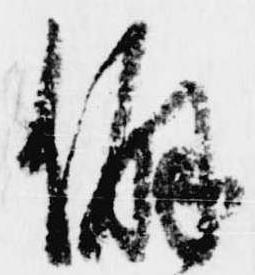
僻